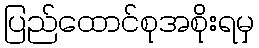
ပြည်ထောင်စုအစိုးရမှ